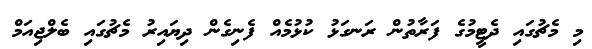
މި މެޗުގައި ދެޓީމުގެ ފަރާތުން ރަނގަޅު ކުޅުމެއް ފެނިގެން ދިޔައިރު މެޗުގައި ބެލްޖިއަމް